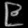
Digit: ၉